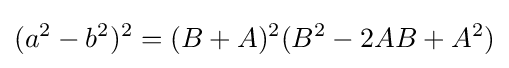
(a^{2}-b^{2})^{2}=(B+A)^{2}(B^{2}-2AB+A^{2})